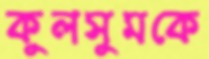
কুলসুমকে